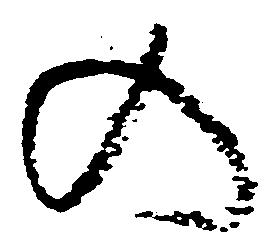
の